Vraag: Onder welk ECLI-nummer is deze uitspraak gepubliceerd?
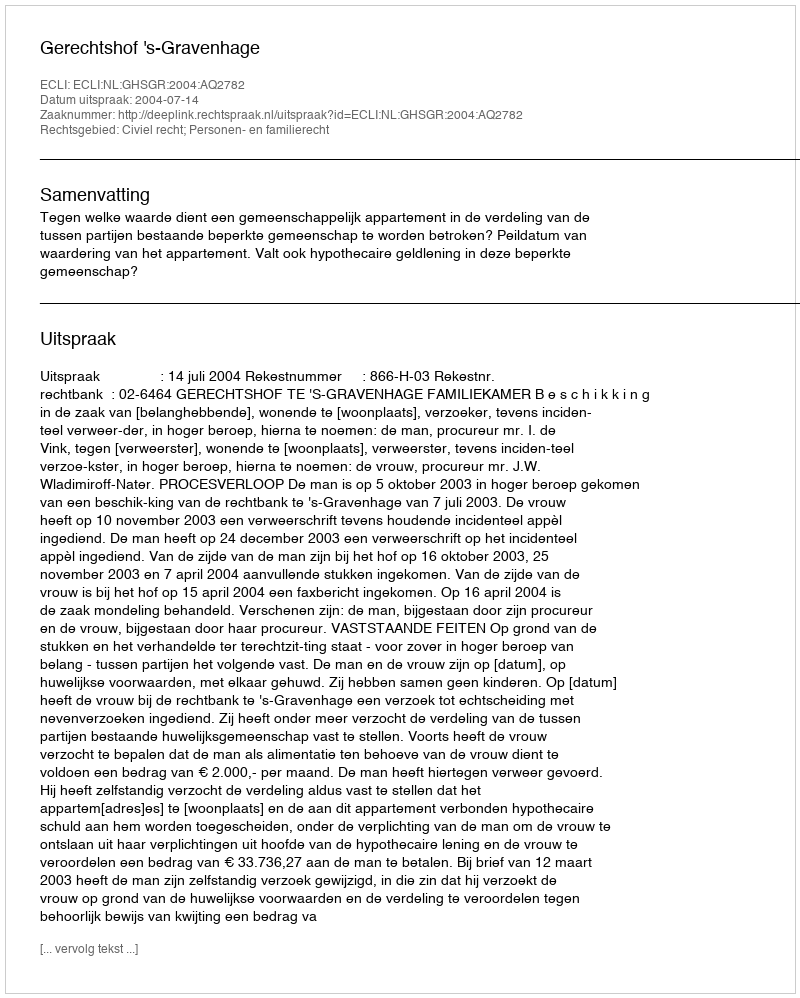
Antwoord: ECLI:NL:GHSGR:2004:AQ2782